Annual report on the lock hospitals of the Madras Presidency
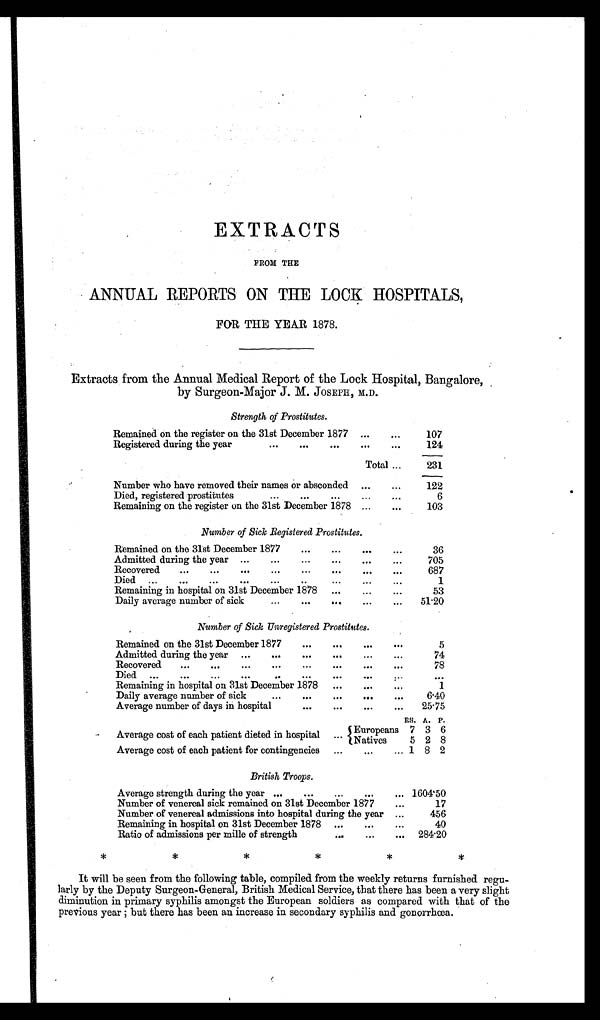
EXTRACTS
FROM THE
ANNUAL REPORTS ON THE LOCK HOSPITALS,
FOR THE YEAR 1878.
Extracts from the Annual Medical Report of the Lock Hospital, Bangalore,
by Surgeon-Major J. M. JOSEPH, M.D.
Strength of Prostitutes.
Remained on the register on the 31st December 1877 ...
. . .
107
Registered during the year
...
...
...
...
. . .
124
Total ...
231
Number who have removed their names or absconded
. . .
...
122
Died, registered prostitutes
...
...
...
...
. . .
6
Remaining on the register on the 31st December 1878 ...
. . .
103
Number of Sick Registered Prostitutes.
Remained on the 31st December 1877
...
...
...
. . .
36
Admitted during the year
...
• • •
...
...
...
705
Recovered
...
...
...
...
...
...
...
. . .
687
Died
...
...
...
...
...
...
...
...
...
1
Remaining in hospital on 31st December 1878
...
...
53
Daily average number of sick
...
...
...
...
51.20
Number of Sick Unregistered Prostitutes.
Remained on the 31st December 1877
...
...
...
. . .
5
Admitted during the year ...
...
...
...
...
...
74
Recovered
...
...
...
...
...
...
...
. . .
78
Died
...
...
...
...
...
...
...
...
. . .
. . .
Remaining in hospital on 31st December 1878
...
...
. . .
1
Daily average number of sick...
...
...
. . .
6·40
Average number of days in hospital
...
...
...
...
25·75
RS. A. P.
Average cost of each patient dieted in hospital ... Europeans 7 3 6
Natives
5 2 8
Average cost of each patient for contingencies ...
...
... 1 8 2
British Troops.
Average strength during the year ...
...
...
...
... 1604·50
Number of venereal sick remained on 31st December 1877
...
17
Number of venereal admissions into hospital during the year ...
456
Remaining in hospital on 31st December 1878 ...
...
...
40
Ratio of admissions per mille of strength
...
...
... 284·20
*
*
*
*
*
*
It will be seen from the following table, compiled from the weekly returns furnished regu-
larly by the Deputy Surgeon-General, British Medical Service, that there has been a very slight
diminution in primary syphilis amongst the European soldiers as compared with that of the
previous year; but there has been an increase in secondary syphilis and gonorrhœa.